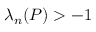
\lambda _ { n } ( P ) > - 1